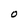
Character: O